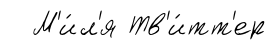
М'и́л'я Тв'и́тт'ер